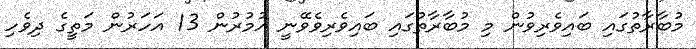
މުބާރާތުގައި ބައިވެރިވުން މި މުބާރާތުގައި ބައިވެރިވެވޭނީ އުމުރުން 13 އަހަރުން މަތީގެ ދިވެހި